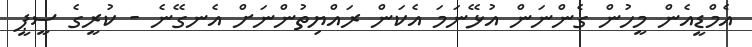
އެމްޑީއެން މީހުން ގެންނަން އުޅޭނަމަ އެކަން ރައްޔިތުންނަށް އެނގޭނެ - ކުރީގެ ސީޕީ